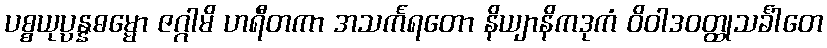
ပစ္စယုပ္ပန္နဓမ္မော ဇဂ္ဂါမိ ဟရီတကာ အသင်္ကရတော နိယျာနိကဒုကံ ဝိဝါဒဝတ္ထုသင်္ခါတေ